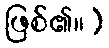
ဖြစ်၏။)